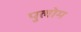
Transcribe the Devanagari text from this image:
पुलोम